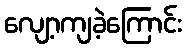
လျော့ကျခဲ့ကြောင်း